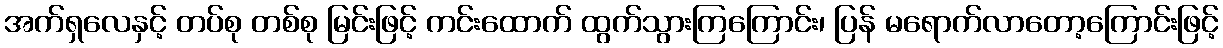
အက်ရှလေနှင့် တပ်စု တစ်စု မြင်းဖြင့် ကင်းထောက် ထွက်သွားကြကြောင်း၊ ပြန် မရောက်လာတော့ကြောင်းဖြင့်